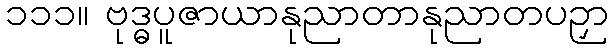
၁၁၁။ ဗုဒ္ဓပူဇာယာနုညာတာနုညာတပဉှာ